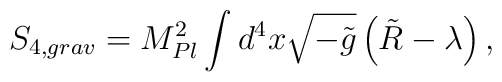
S_{4,grav} = M_{Pl}^2 \int d^4 x\sqrt{-\tilde{g}}\left(\tilde{R}  -\lambda\right) ,